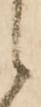
候